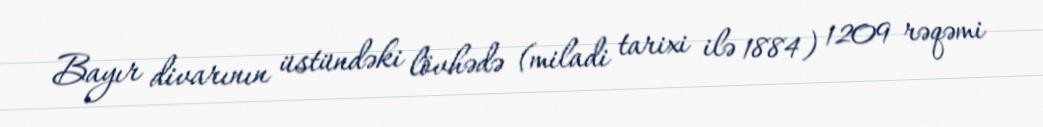
Bayır divarının üstündəki lövhədə (miladi tarixi ilə 1884) 1209 rəqəmi